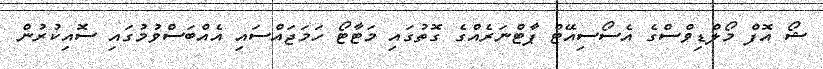
ޝޯ އޮފް މޯލްޑިވްސްގެ އެސޯސިއޭޓް ޕާޓްނަރެއްގެ ގޮތުގައި މަޓާޓޯ ހަމަޖައްސައި އެއްބަސްވުމުގައި ސޮއިކުރުން